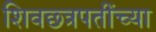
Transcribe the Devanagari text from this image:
शिवछ्त्रपतींच्या